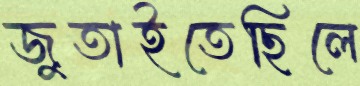
জুতাইতেছিলে